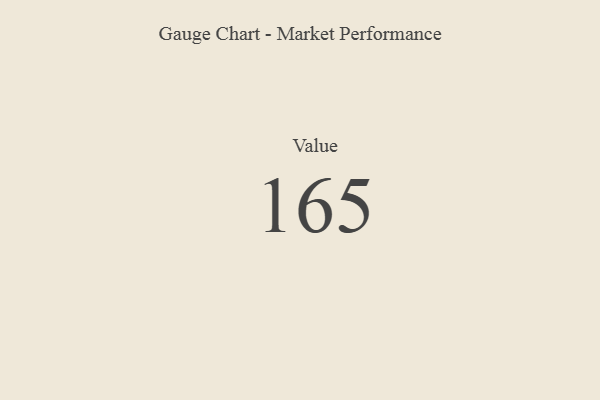
{"axis": {"x": "Metric", "y": "Value"}, "legend": [""], "data": [{"x": "Value", "y": 165, "type": ""}]}